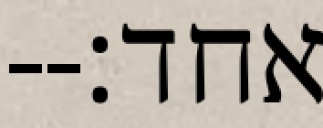
אחד׃--